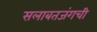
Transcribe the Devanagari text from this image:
सलाबतजंगची